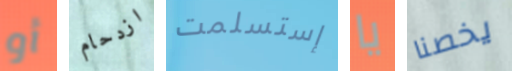
أو ازدحام إستسلمت يا يخصنا